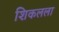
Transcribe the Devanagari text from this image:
शिकलला